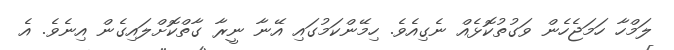
ލަމްހާ ހަމަޖެހެން ވަގުތުކޮޅެއް ނެގިއެވެ. ހިމޭންކަމުގައި އޭނާ ނީރާ ގާތްކޮށްލައިގެން އިނެވެ. އެ